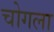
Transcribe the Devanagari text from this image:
चोगला